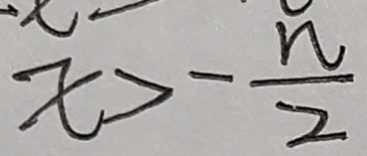
x > - \frac { n } { 2 }